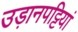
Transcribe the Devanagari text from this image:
उड़ानपट्टियां